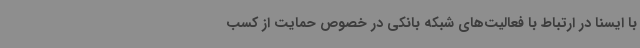
با ایسنا در ارتباط با فعالیت‌های شبکه بانکی در خصوص حمایت از کسب‌